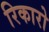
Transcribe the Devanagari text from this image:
रिकारो